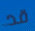
قد